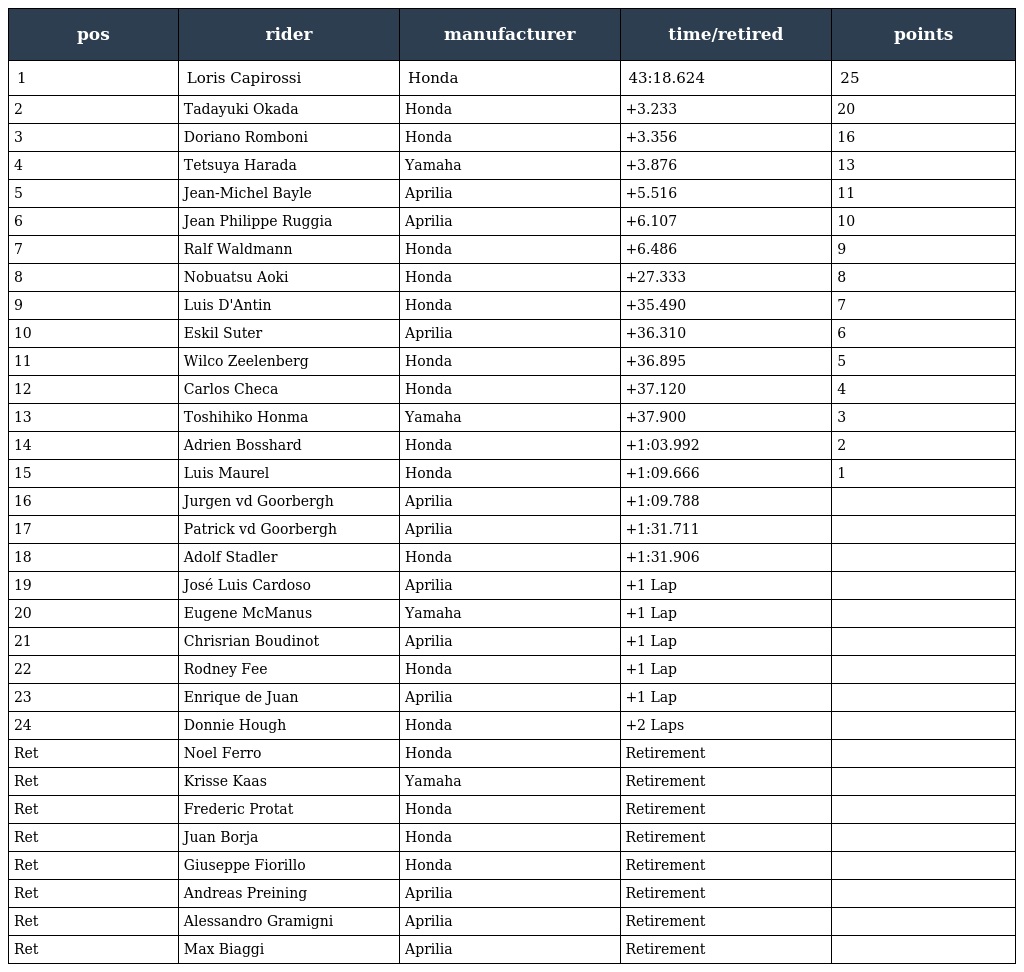
| pos | rider | manufacturer | time/retired | points |
 | --- | --- | --- | --- | --- |
 | 1 | Loris Capirossi | Honda | 43:18.624 | 25 |
 | 2 | Tadayuki Okada | Honda | +3.233 | 20 |
 | 3 | Doriano Romboni | Honda | +3.356 | 16 |
 | 4 | Tetsuya Harada | Yamaha | +3.876 | 13 |
 | 5 | Jean-Michel Bayle | Aprilia | +5.516 | 11 |
 | 6 | Jean Philippe Ruggia | Aprilia | +6.107 | 10 |
 | 7 | Ralf Waldmann | Honda | +6.486 | 9 |
 | 8 | Nobuatsu Aoki | Honda | +27.333 | 8 |
 | 9 | Luis D'Antin | Honda | +35.490 | 7 |
 | 10 | Eskil Suter | Aprilia | +36.310 | 6 |
 | 11 | Wilco Zeelenberg | Honda | +36.895 | 5 |
 | 12 | Carlos Checa | Honda | +37.120 | 4 |
 | 13 | Toshihiko Honma | Yamaha | +37.900 | 3 |
 | 14 | Adrien Bosshard | Honda | +1:03.992 | 2 |
 | 15 | Luis Maurel | Honda | +1:09.666 | 1 |
 | 16 | Jurgen vd Goorbergh | Aprilia | +1:09.788 |  |
 | 17 | Patrick vd Goorbergh | Aprilia | +1:31.711 |  |
 | 18 | Adolf Stadler | Honda | +1:31.906 |  |
 | 19 | José Luis Cardoso | Aprilia | +1 Lap |  |
 | 20 | Eugene McManus | Yamaha | +1 Lap |  |
 | 21 | Chrisrian Boudinot | Aprilia | +1 Lap |  |
 | 22 | Rodney Fee | Honda | +1 Lap |  |
 | 23 | Enrique de Juan | Aprilia | +1 Lap |  |
 | 24 | Donnie Hough | Honda | +2 Laps |  |
 | Ret | Noel Ferro | Honda | Retirement |  |
 | Ret | Krisse Kaas | Yamaha | Retirement |  |
 | Ret | Frederic Protat | Honda | Retirement |  |
 | Ret | Juan Borja | Honda | Retirement |  |
 | Ret | Giuseppe Fiorillo | Honda | Retirement |  |
 | Ret | Andreas Preining | Aprilia | Retirement |  |
 | Ret | Alessandro Gramigni | Aprilia | Retirement |  |
 | Ret | Max Biaggi | Aprilia | Retirement |  |